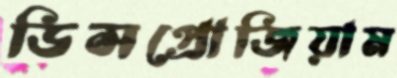
ডিসপ্রোজিয়াম